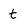
Character: t